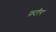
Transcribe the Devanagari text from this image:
फ़टीग